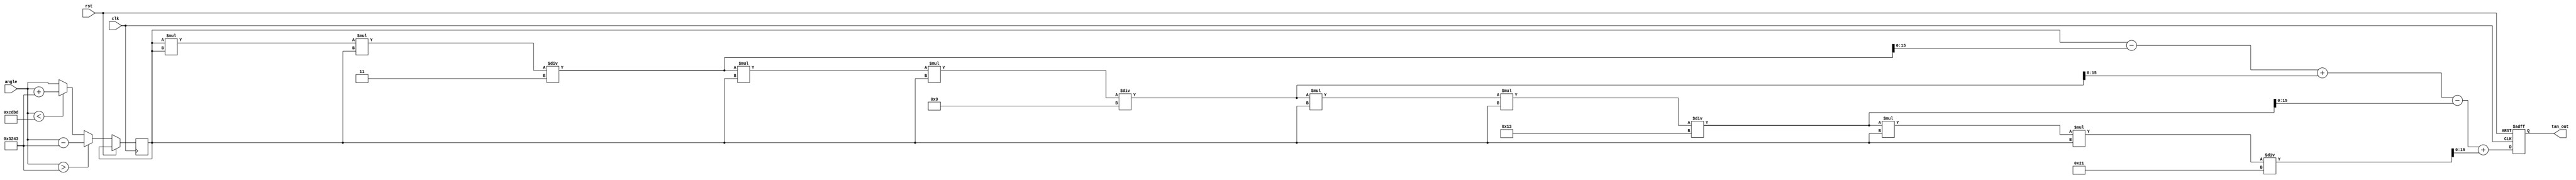
module tan_function (
    input wire clk,
    input wire rst,
    input wire [15:0] angle, // Input angle in radians (fixed-point)
    output reg [15:0] tan_out // Output tangent value (fixed-point)
);
    
    // Constants for angle normalization (/2)
    parameter PI_OVER_2 = 16'h3243; // Approximately 1.5708 in fixed-point
    parameter MAX_TAN = 16'h7FFF; // Define max value for tan (overflow)
    
    // Internal signal
    reg [15:0] angle_norm; // Normalized angle
    reg [31:0] angle_sq;   // Angle squared for Taylor series computation

    // Tan approximation using Taylor series expansion for small angles
    function [31:0] taylor_tan;
        input [15:0] x; // Input angle
        reg [31:0] result;
        reg [31:0] term;
        integer n;
        begin
            result = x; // Start with the first term
            term = x;   // First term (x^1)
            
            for (n = 1; n < 5; n = n + 1) begin // Limiting to 5 terms for approximation
                term = (term * x * x) / (n * 2 * n + 1); // x^(2n+1)/(2n+1)!
                if (n % 2 == 1) begin
                    result = result - term; // Alternate subtraction and addition
                end else begin
                    result = result + term;
                end
            end

            taylor_tan = result;
        end
    endfunction

    // Angle normalization and computation
    always @(posedge clk or posedge rst) begin
        if (rst) begin
            tan_out <= 0;
        end else begin
            // Normalize angle to range [-/2, /2]
            if (angle > PI_OVER_2) begin
                angle_norm <= angle - PI_OVER_2; // Reduce to [-/2, /2]
            end else if (angle < -PI_OVER_2) begin
                angle_norm <= angle + PI_OVER_2; // Reduce to [-/2, /2]
            end else begin
                angle_norm <= angle; // Already in range
            end

            // Use Taylor Series to compute tangent
            angle_sq <= angle_norm * angle_norm; // Calculate angle^2
            tan_out <= taylor_tan(angle_norm); // Calculate tangent
        end
    end

endmodule